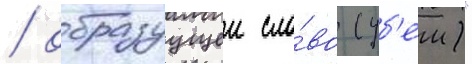
/ образуущеи сло́во (уб'еи)"